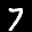
Label: 7